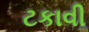
ટકાવી